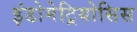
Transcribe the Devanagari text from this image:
इंडोमेट्रियोसिस